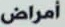
أمراض